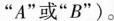
”A”或”B”)。